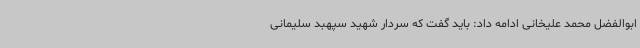
ابوالفضل محمد علیخانی ادامه داد: باید گفت که سردار شهید سپهبد سلیمانی